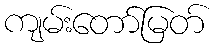
ကျမ်းတော်မြတ်